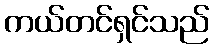
ကယ်တင်ရှင်သည်